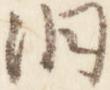
洞